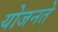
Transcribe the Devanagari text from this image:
योजनते